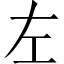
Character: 左